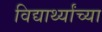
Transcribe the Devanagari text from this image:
विद्यार्थ्‍यांच्‍या